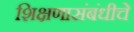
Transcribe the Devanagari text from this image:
शिक्षणासंबंधीचे